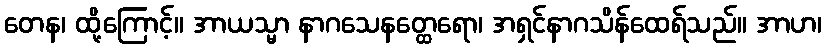
တေန၊ ထို့ကြောင့်။ အာယသ္မာ နာဂသေနတ္ထေရော၊ အရှင်နာဂသိန်ထေရ်သည်။ အာဟ၊